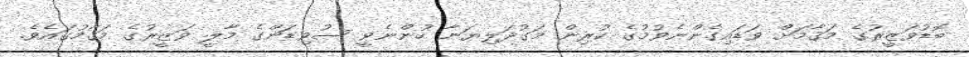
ބޮޑުވަޒީރުގެ މަޤާމަށް ވަޑައިގެންނެވުމުގެ ކުރިން މަގުދަލިޔަނާ ހުންނެވީ ސުވިޑަންގެ މާލީ ވަޒީރުގެ މަޤާމުގައެވެ.